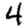
Digit: 4